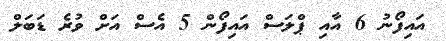
އައިފޯނު 6 އާއި ޕްލަސް އައިފޯން 5 އެސް އަށް ވުރެ ޑަބަލް